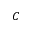
C